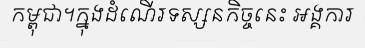
កម្ពុជា។ក្នុងដំណើរទស្សនកិច្ចនេះ អង្គការ